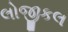
લોજીકલ